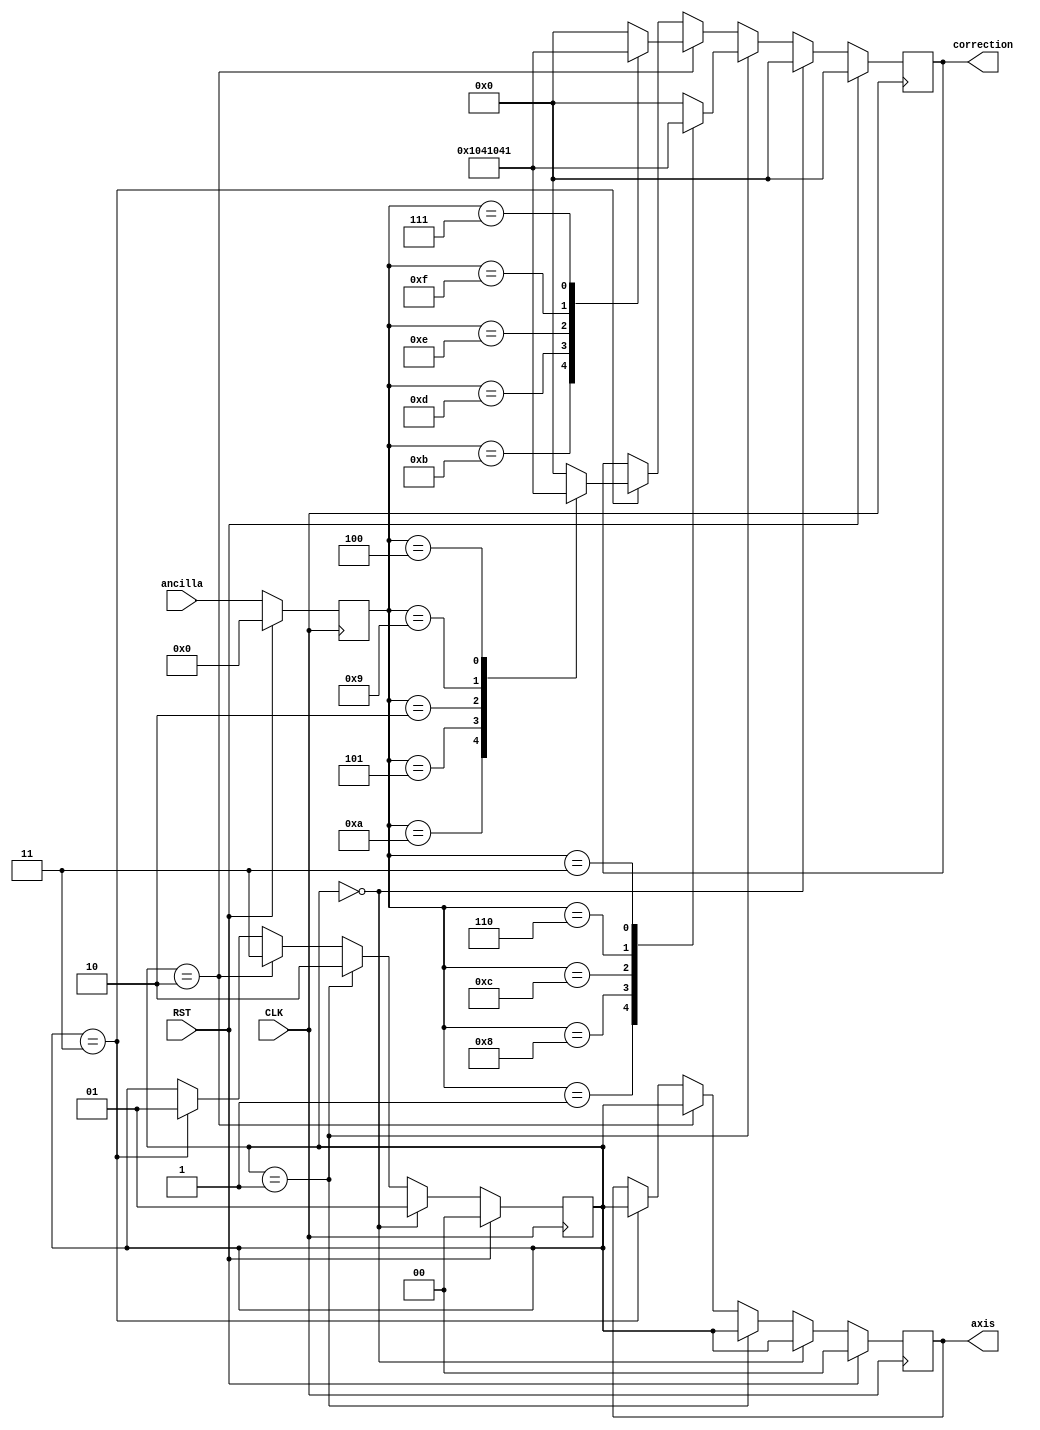
module CodeLUT_339800239192932947(input CLK,  input RST,
  input [3:0] ancilla,
  output [4:0] correction,
  output [1:0] axis);

  // 3 cycle in-to-out delay. fully pipelined.
  reg [3:0] ancilla_r;

  reg [1:0] axis_r;
  reg [4:0] correction_r;
  reg [1:0] axis_calc;

  assign correction = correction_r;
  assign axis = axis_r;

  always @(posedge CLK) begin
    if (RST) begin
      ancilla_r <= 0;
    end else begin
      ancilla_r <= ancilla;
    end
  end

  always @(posedge CLK) begin
    if (RST) begin
      axis_r <= 2'b00;
      correction_r <= 0;
      axis_calc <= 2'b00;
    end else begin
      if (axis_calc == 2'b00) begin
        correction_r <= 0;
        axis_calc <= 2'b01;
        axis_r <= axis_calc;
      end else if (axis_calc == 2'b01) begin // x
        case(ancilla_r)
          4'b0001: correction_r <= 5'b10000;
          4'b1000: correction_r <= 5'b01000;
          4'b1100: correction_r <= 5'b00100;
          4'b0110: correction_r <= 5'b00010;
          4'b0011: correction_r <= 5'b00001;
          default: correction_r <= 5'b00000;
        endcase
        axis_calc <= 2'b10;
        axis_r <= axis_calc;
      end else if (axis_calc == 2'b10) begin // y
        case(ancilla_r)
          4'b1011: correction_r <= 5'b10000;
          4'b1101: correction_r <= 5'b01000;
          4'b1110: correction_r <= 5'b00100;
          4'b1111: correction_r <= 5'b00010;
          4'b0111: correction_r <= 5'b00001;
          default: correction_r <= 5'b00000;
        endcase
        axis_calc <= 2'b11;
        axis_r <= axis_calc;
      end else if (axis_calc == 2'b11) begin // z
        case(ancilla_r)
          4'b1010: correction_r <= 5'b10000;
          4'b0101: correction_r <= 5'b01000;
          4'b0010: correction_r <= 5'b00100;
          4'b1001: correction_r <= 5'b00010;
          4'b0100: correction_r <= 5'b00001;
          default: correction_r <= 5'b00000;
        endcase
        axis_calc <= 2'b01;
        axis_r <= axis_calc;
      end
    end
  end

endmodule

module user_module_341710255833481812(
  input [7:0] io_in,
  output [7:0] io_out
);

wire CLK;
assign CLK = io_in[0];
wire RST;
assign RST = io_in[1];
wire [3:0] ancilla;
assign ancilla = io_in[6:3];

wire [4:0] correction;
wire [1:0] axis;
assign io_out = {1'b0, axis, correction};

  CodeLUT_339800239192932947 codelut(
    CLK, RST,
    ancilla,
    correction,
    axis);

endmodule